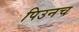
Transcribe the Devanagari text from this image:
पिउनच